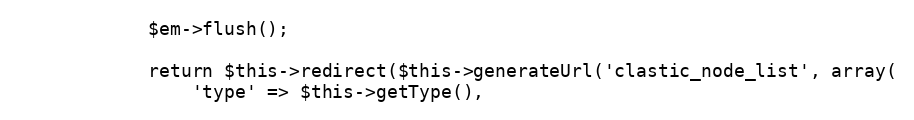
Language: PHP
            $em->flush();

            return $this->redirect($this->generateUrl('clastic_node_list', array(
                'type' => $this->getType(),